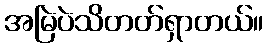
အမြဲပဲသိတတ်ရှာတယ်။